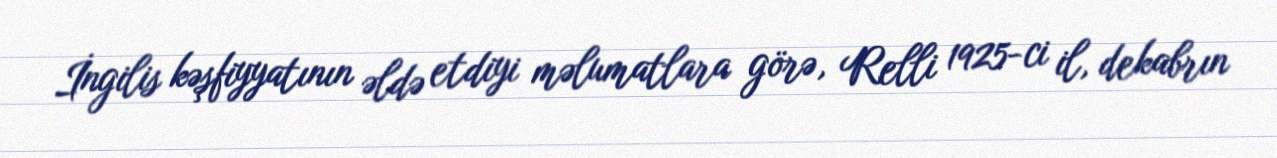
İngilis kəşfiyyatının əldə etdiyi məlumatlara görə, Relli 1925-ci il, dekabrın